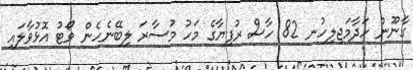
ގާނޫނު ހަދާމަޖިލިހުނ 82 ހާސް ރުފިޔާގެ މަހު މުސާރަ ލިބޭނެހެން ވޯޓު އޮޅުވާލައި